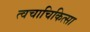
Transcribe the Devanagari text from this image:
त्वचाचिकित्सा